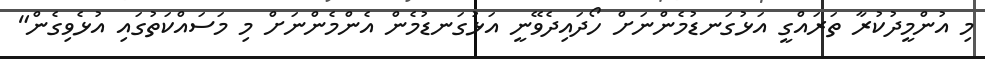
މި އުންމީދުކުރާ ތަރައްގީ އަޅުގަނޑުމެންނަށް ހޯދައިދެވޭނީ އަޅުގަނޑުމެން އެންމެންނަށް މި މަސައްކަތުގައި އުޅެވިގެން"